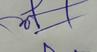
Signature authenticity: forged